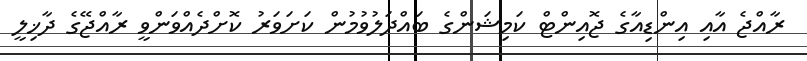
ރާއްޖެ އާއި އިންޑިއާގެ ޖޮއިންޓް ކަމިޝަންގެ ބައްދަލުވުމުން ކަށަވަރު ކޮށްދެއްވަންވީ ރާއްޖޭގެ ދާޚިލީ